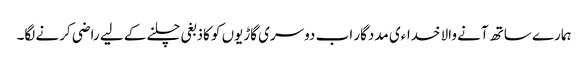
ہمارے ساتھ آنے والا خداءی مددگار اب دوسری گاڑیوں کو کاذبغی چلنے کے لیے راضی کرنے لگا۔